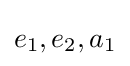
e_{1},e_{2},a_{1}